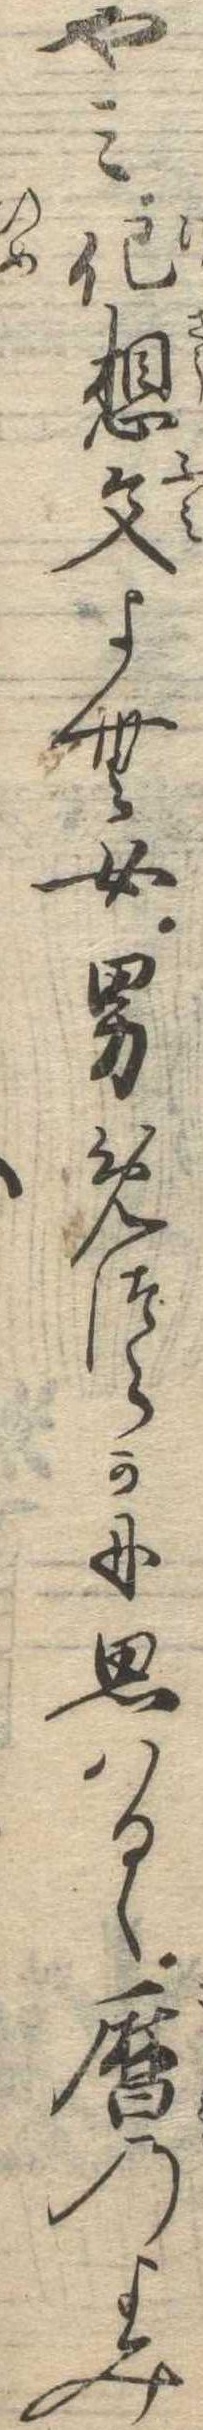
やみ化想文よむ女男めつらかに思はるゝ暦のよみ